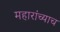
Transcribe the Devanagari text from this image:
महारांच्याच